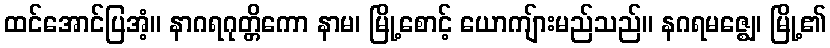
ထင်အောင်ပြအံ့။ နာဂရဂုတ္တိကော နာမ၊ မြို့စောင့် ယောကျ်ားမည်သည်။ နဂရမဇ္ဈေ၊ မြို့၏